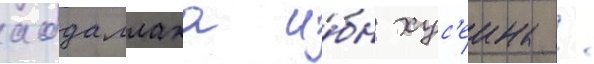
абдаллаха и́бн хус'еина /